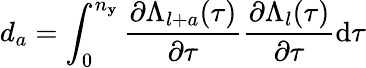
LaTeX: d_{a}=\int_{0}^{n_{\mathbf{y}}}\frac{{\partial\Lambda_{l+a}(\tau)}}{{\partial\tau}}\frac{{\partial\Lambda_{l}(\tau)}}{{\partial\tau}}\mathrm{{d}}\tau